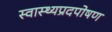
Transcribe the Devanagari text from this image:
स्वास्थ्यप्रदपोषण